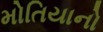
મોતિયાનો